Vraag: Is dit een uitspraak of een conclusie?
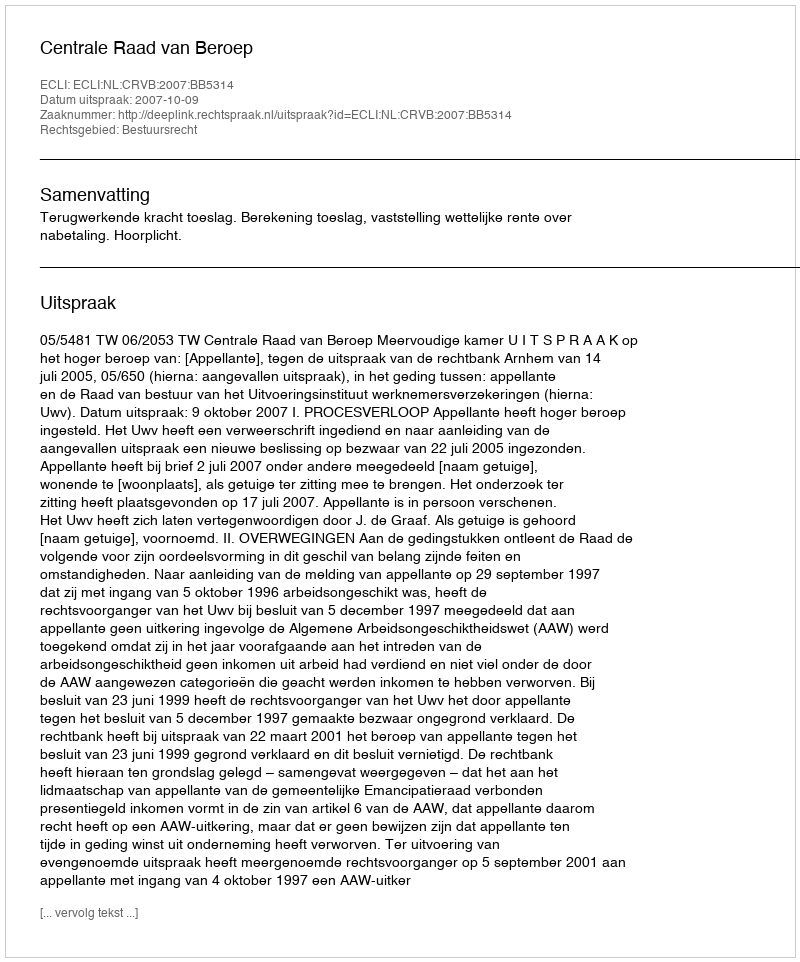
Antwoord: Uitspraak